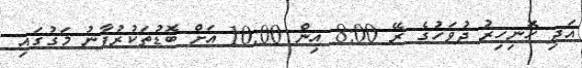
އަދި ހޮނިހިރު ދުވަހުގެ ރޭ 8:00 އިން 10:00 އަށް ބޮޑުތަކުރުފާނު މަގުގައި